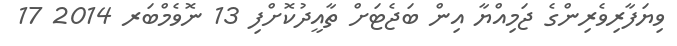
ވިޔަފާރިވެރިންގެ ޖަމިއްޔާ އިން ބަޖެޓަށް ތާއީދުކޮށްފި 13 ނޮވެމްބަރ 2014 17